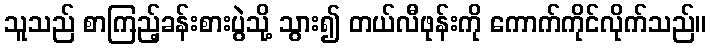
သူသည် စာကြည့်ခန်းစားပွဲသို့ သွား၍ တယ်လီဖုန်းကို ကောက်ကိုင်လိုက်သည်။